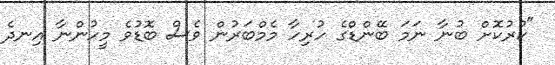
"ކުރުކޮށް ބުނާ ނަމަ ބޭންޑްގެ ހުރިހާ މެމްބަރުން ވެސް ބޮޑުވެ މީހުންނާ އިނދެ